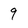
Character: 9